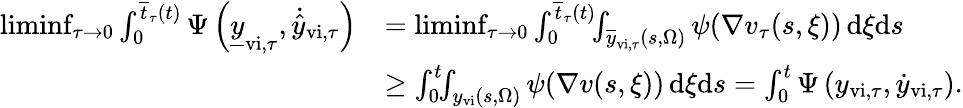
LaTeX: \begin{array}{rl}{\operatorname*{liminf}_{\tau\rightarrow 0}\int_{0}^{\overline{{t}}_{\tau}(t)}\Psi\left(\underline{{y}}_{\mathrm{vi},\tau},\dot{\hat{y}}_{\mathrm{vi},\tau}\right)}&{=\operatorname*{liminf}_{\tau\rightarrow 0}\int_{0}^{\overline{{t}}_{\tau}(t)}\! \! \int_{\overline{{y}}_{\mathrm{vi},\tau}(s,\Omega)}\psi(\nabla v_{\tau}(s,\xi))\, \mathrm{d}\xi\mathrm{d}s}\\ &{\geq\int_{0}^{t}\! \! \int_{{y}_{\mathrm{vi}}(s,\Omega)}\psi(\nabla v(s,\xi))\, \mathrm{d}\xi\mathrm{d}s=\int_{0}^{t}\Psi\left(y_{\mathrm{vi},\tau},\dot{y}_{\mathrm{vi},\tau}\right).}\end{array}